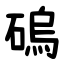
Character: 䃖